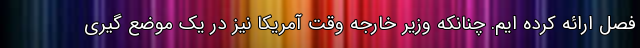
فصل ارائه کرده ایم. چنانکه وزیر خارجه وقت آمریکا نیز در یک موضع گیری